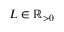
L \in \mathbb { R } _ { > 0 }